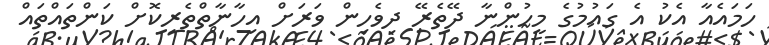
ހަމައެއާ އެކު އެ ގައުމުގެ މީހުންނާ ދޭތެރޭ ދިވެހިން ވަރަށް އިހާނާތްތެރިކޮށް ކަންތައްތައް